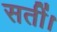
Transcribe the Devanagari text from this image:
सतीं।